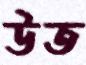
উত